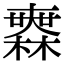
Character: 𣞤